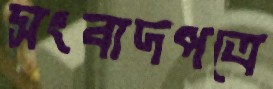
সংবাদপত্রে